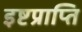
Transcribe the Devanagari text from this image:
इष्टप्राप्ति